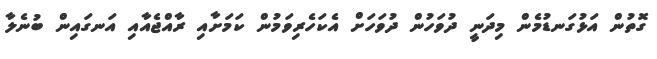
ގޮތުން އަޅުގަނޑުމެން މިދަނީ ދުވަހުން ދުވަހަށް އެކަހެރިވަމުން ކަމަށާއި ރާއްޖެއާއި އަނގައިން ބުނެލާ